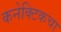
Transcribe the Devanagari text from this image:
कनेक्टिकचा